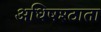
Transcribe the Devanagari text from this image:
अधिषश्ठाता